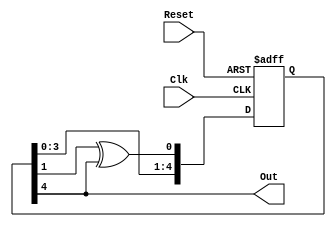
module LFSR_External(
	input Clk, Reset, 
	output Out
);
	reg [4:0] s;
	assign Out = s[4];
	
	always @(posedge Clk or posedge Reset) begin
		if (Reset) begin
			s <= 5'b10101;
		end
		else begin
			s <= {s[3], s[2], s[1], s[0], s[1]^s[4]};
		end
	end

endmodule